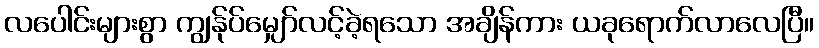
လပေါင်းများစွာ ကျွန်ုပ်မျှော်လင့်ခဲ့ရသော အချိန်ကား ယခုရောက်လာလေပြီ။